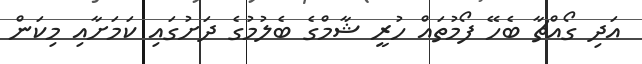
އަދި ގޯއްޗާ ބެހޭ ފޯމުތައް ހުރީ ޝާމްގެ ބެލުމުގެ ދަށުގައި ކަމަށާއި މިކަން